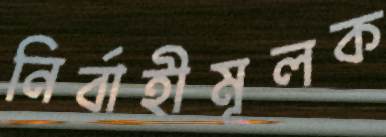
নির্বাহীমূলক